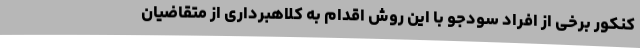
کنکور برخی از افراد سودجو با این روش اقدام به کلاهبرداری از متقاضیان